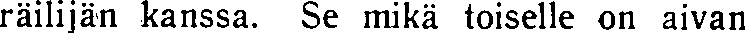
räilijän kanssa. Se mikä toiselle on aivan